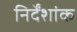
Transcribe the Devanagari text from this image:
निर्देंशांक